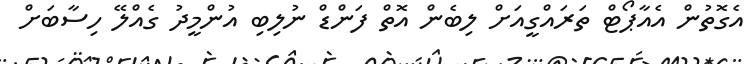
އެގޮތުން އެއާޕޯޓް ތަރައްގީއަށް ލިބެން އޮތް ފަންޑް ނުލިބި އުންމީދު ގެއްލޭ ހިސާބަށް